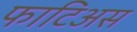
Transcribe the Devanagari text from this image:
फाटिअस